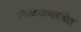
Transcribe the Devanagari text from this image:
लोककथाश्रित